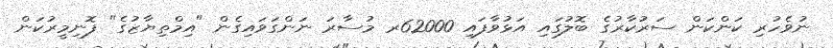
ނުވެހުރި ކަންކަން ސަރުކާރުގެ ބޮލުގައި އަޅުވާފައި 62000ރ މުސާރަ ނަންގަވައިގެން "އިމްތިޔާޒުގެ" ފޮނިމީރުކަން